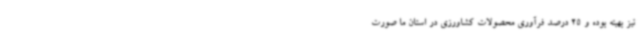
نیز بهینه بوده و 25 درصد فرآوری محصولات کشاورزی در استان ما صورت